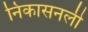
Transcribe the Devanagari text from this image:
निकासनली